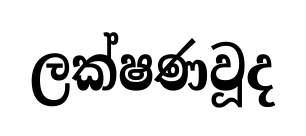
ලක්ෂණවූද